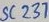
Text: SC237